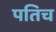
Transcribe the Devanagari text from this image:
पतिच